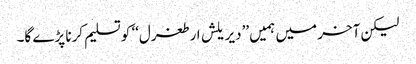
لیکن آخر میں ہمیں ’’دیریلش ارطغرل‘‘ کو تسلیم کرنا پڑے گا۔